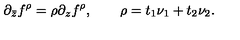
\partial _ { \bar { z } } f ^ { \rho } = \rho \partial _ { z } f ^ { \rho } , \qquad \rho = t _ { 1 } \nu _ { 1 } + t _ { 2 } \nu _ { 2 } .